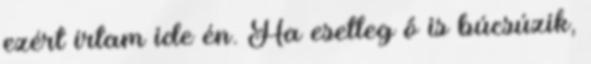
ezért írtam ide én. Ha esetleg ő is búcsúzik,